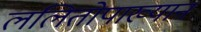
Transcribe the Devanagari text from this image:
ललितोपाख्यान